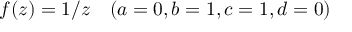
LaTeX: f ( z ) = 1 / z \quad ( a = 0 , b = 1 , c = 1 , d = 0 )